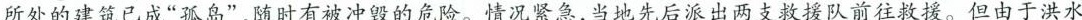
所处的建筑已成”孤岛”，随时有被冲毁的危险。情况紧急，当地先后派出两支救援队前往救援。但由于洪水